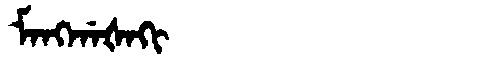
Manchu: ᠮᠠᠩᡤᠠᡧᠠᡴᡳ
Romanization: MANGGAŠAKI